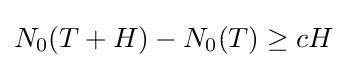
N_{0}(T+H)-N_{0}(T)\geq cH